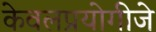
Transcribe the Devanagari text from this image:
केवलप्रयोगीजे